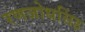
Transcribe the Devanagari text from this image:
रणजोधसिंह